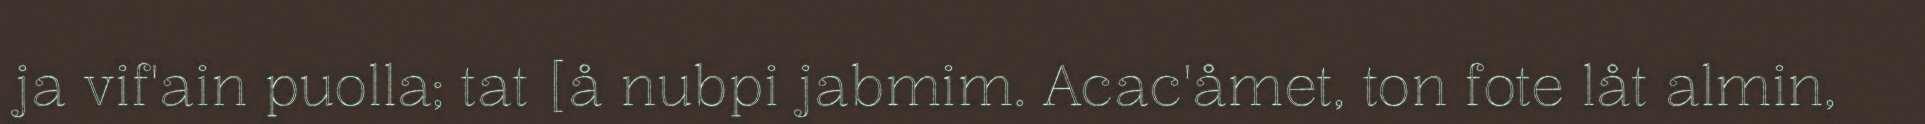
ja vif'ain puolla; tat [å nubpi jabmim. Acac'åmet, ton fote låt almin,